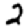
Digit: 2